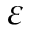
\varepsilon